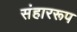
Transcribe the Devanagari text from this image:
संहाररूप